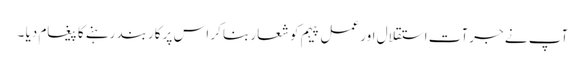
آپ نے جرآت استقلال اور عمل پیہم کو شعار بنا کر اس پر کاربند رہنے کا پیغام دیا ۔